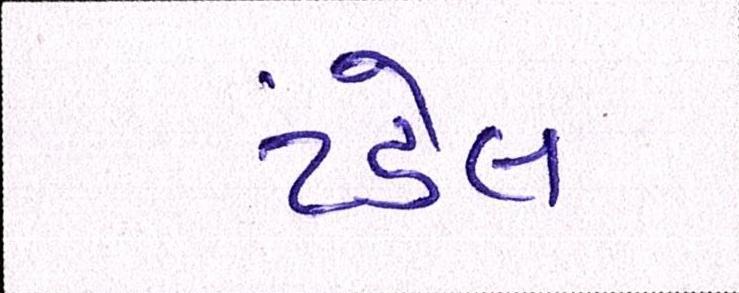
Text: ટંડેલ